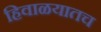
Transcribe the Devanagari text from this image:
हिवाळयातच